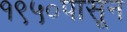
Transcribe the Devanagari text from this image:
१९५०पासून